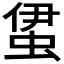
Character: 𧊰